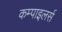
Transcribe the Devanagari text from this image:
कम्पाइलर्स